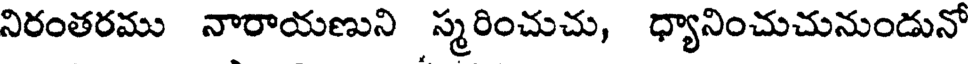
నిరంతరము నారాయణుని స్మరించుచు, ధ్యానించుచునుండునో